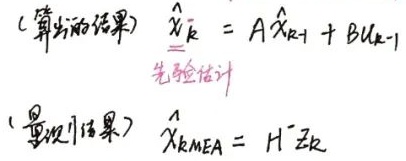
（算出的结果）
\(\hat{\mathbf{x}}_{k}=A\hat{\mathbf{x}}_{k - 1}+B\mathbf{u}_{k - 1}\)

先验估计（量测结果）
\(\hat{\mathbf{x}}_{k}^{\text{MEA}}=H^{-1}\mathbf{z}_{k}\)